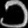
Digit: ၁